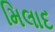
મિલાદ